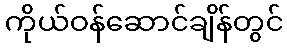
ကိုယ်ဝန်ဆောင်ချိန်တွင်